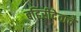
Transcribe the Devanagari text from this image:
बहिरीदेवाचे